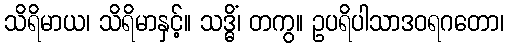
သိရိမာယ၊ သိရိမာနှင့်။ သဒ္ဓိံ၊ တကွ။ ဥပရိပါသာဒဝရဂတော၊